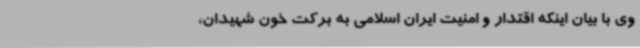
وی با بیان اینکه اقتدار و امنیت ایران اسلامی به برکت خون شهیدان،